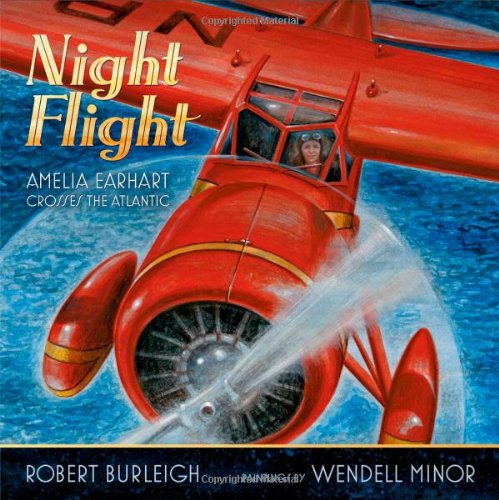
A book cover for Night Flight: Amelia Earhart Crosses the Atlantic; Robert Burleigh; Children's Books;